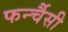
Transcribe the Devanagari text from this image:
फर्न्चैसी